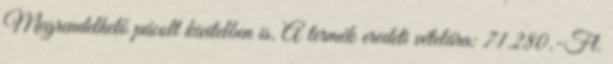
Megrendelhető pácolt kivitelben is. A termék eredeti vételára: 71.280.-Ft.